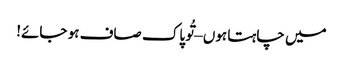
میں چاہتا ہوں – تُو پاک صاف ہو جائے!